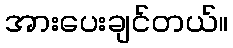
အားပေးချင်တယ်။